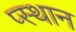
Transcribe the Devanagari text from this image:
प्स्थान